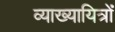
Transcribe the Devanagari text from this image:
व्याख्यायित्रों